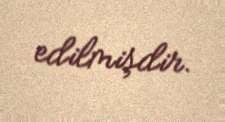
edilmişdir.